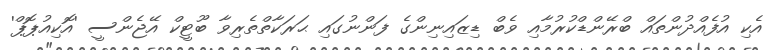
އެކި އުފެއްދުންތައް ބްރޭންޑްކުރުމާއި ވެބް ޑިޒައިނިންގެ ފަންނުގައި ޙަރަކާތްތެރިވާ ބޫޓީކް އޭޖެންސީ 'އޮކިއުޕޮޕް'